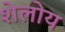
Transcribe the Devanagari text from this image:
शेलोय